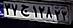
۳۷ج۱۲۸۲۳